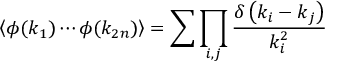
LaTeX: \left\langle \phi ( k _ { 1 } ) \cdots \phi ( k _ { 2 n } ) \right\rangle = \sum \prod _ { i , j } { \frac { \delta \left( k _ { i } - k _ { j } \right) } { k _ { i } ^ { 2 } } }